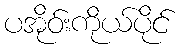
ပအိုဝ်းကိုယ်ပိုင်